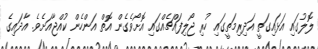
ލޮލުގައި އަޅައިގަތީ އަދިރިމަތީގައި ހުރި ޖޯލިފައްޗެއްގައި އޮށޯވެގެން އޮތް އަންހެން ކުއްޖާއަށެވެ. އާދައިގެ